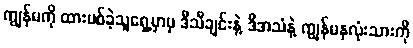
ကျွန်မကို ထားပစ်ခဲ့သူရှေ့မှာမှ ဒီသီချင်းနဲ့ ဒီအသံနဲ့ ကျွန်မနှလုံးသားကို